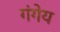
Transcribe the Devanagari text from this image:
गंगेय